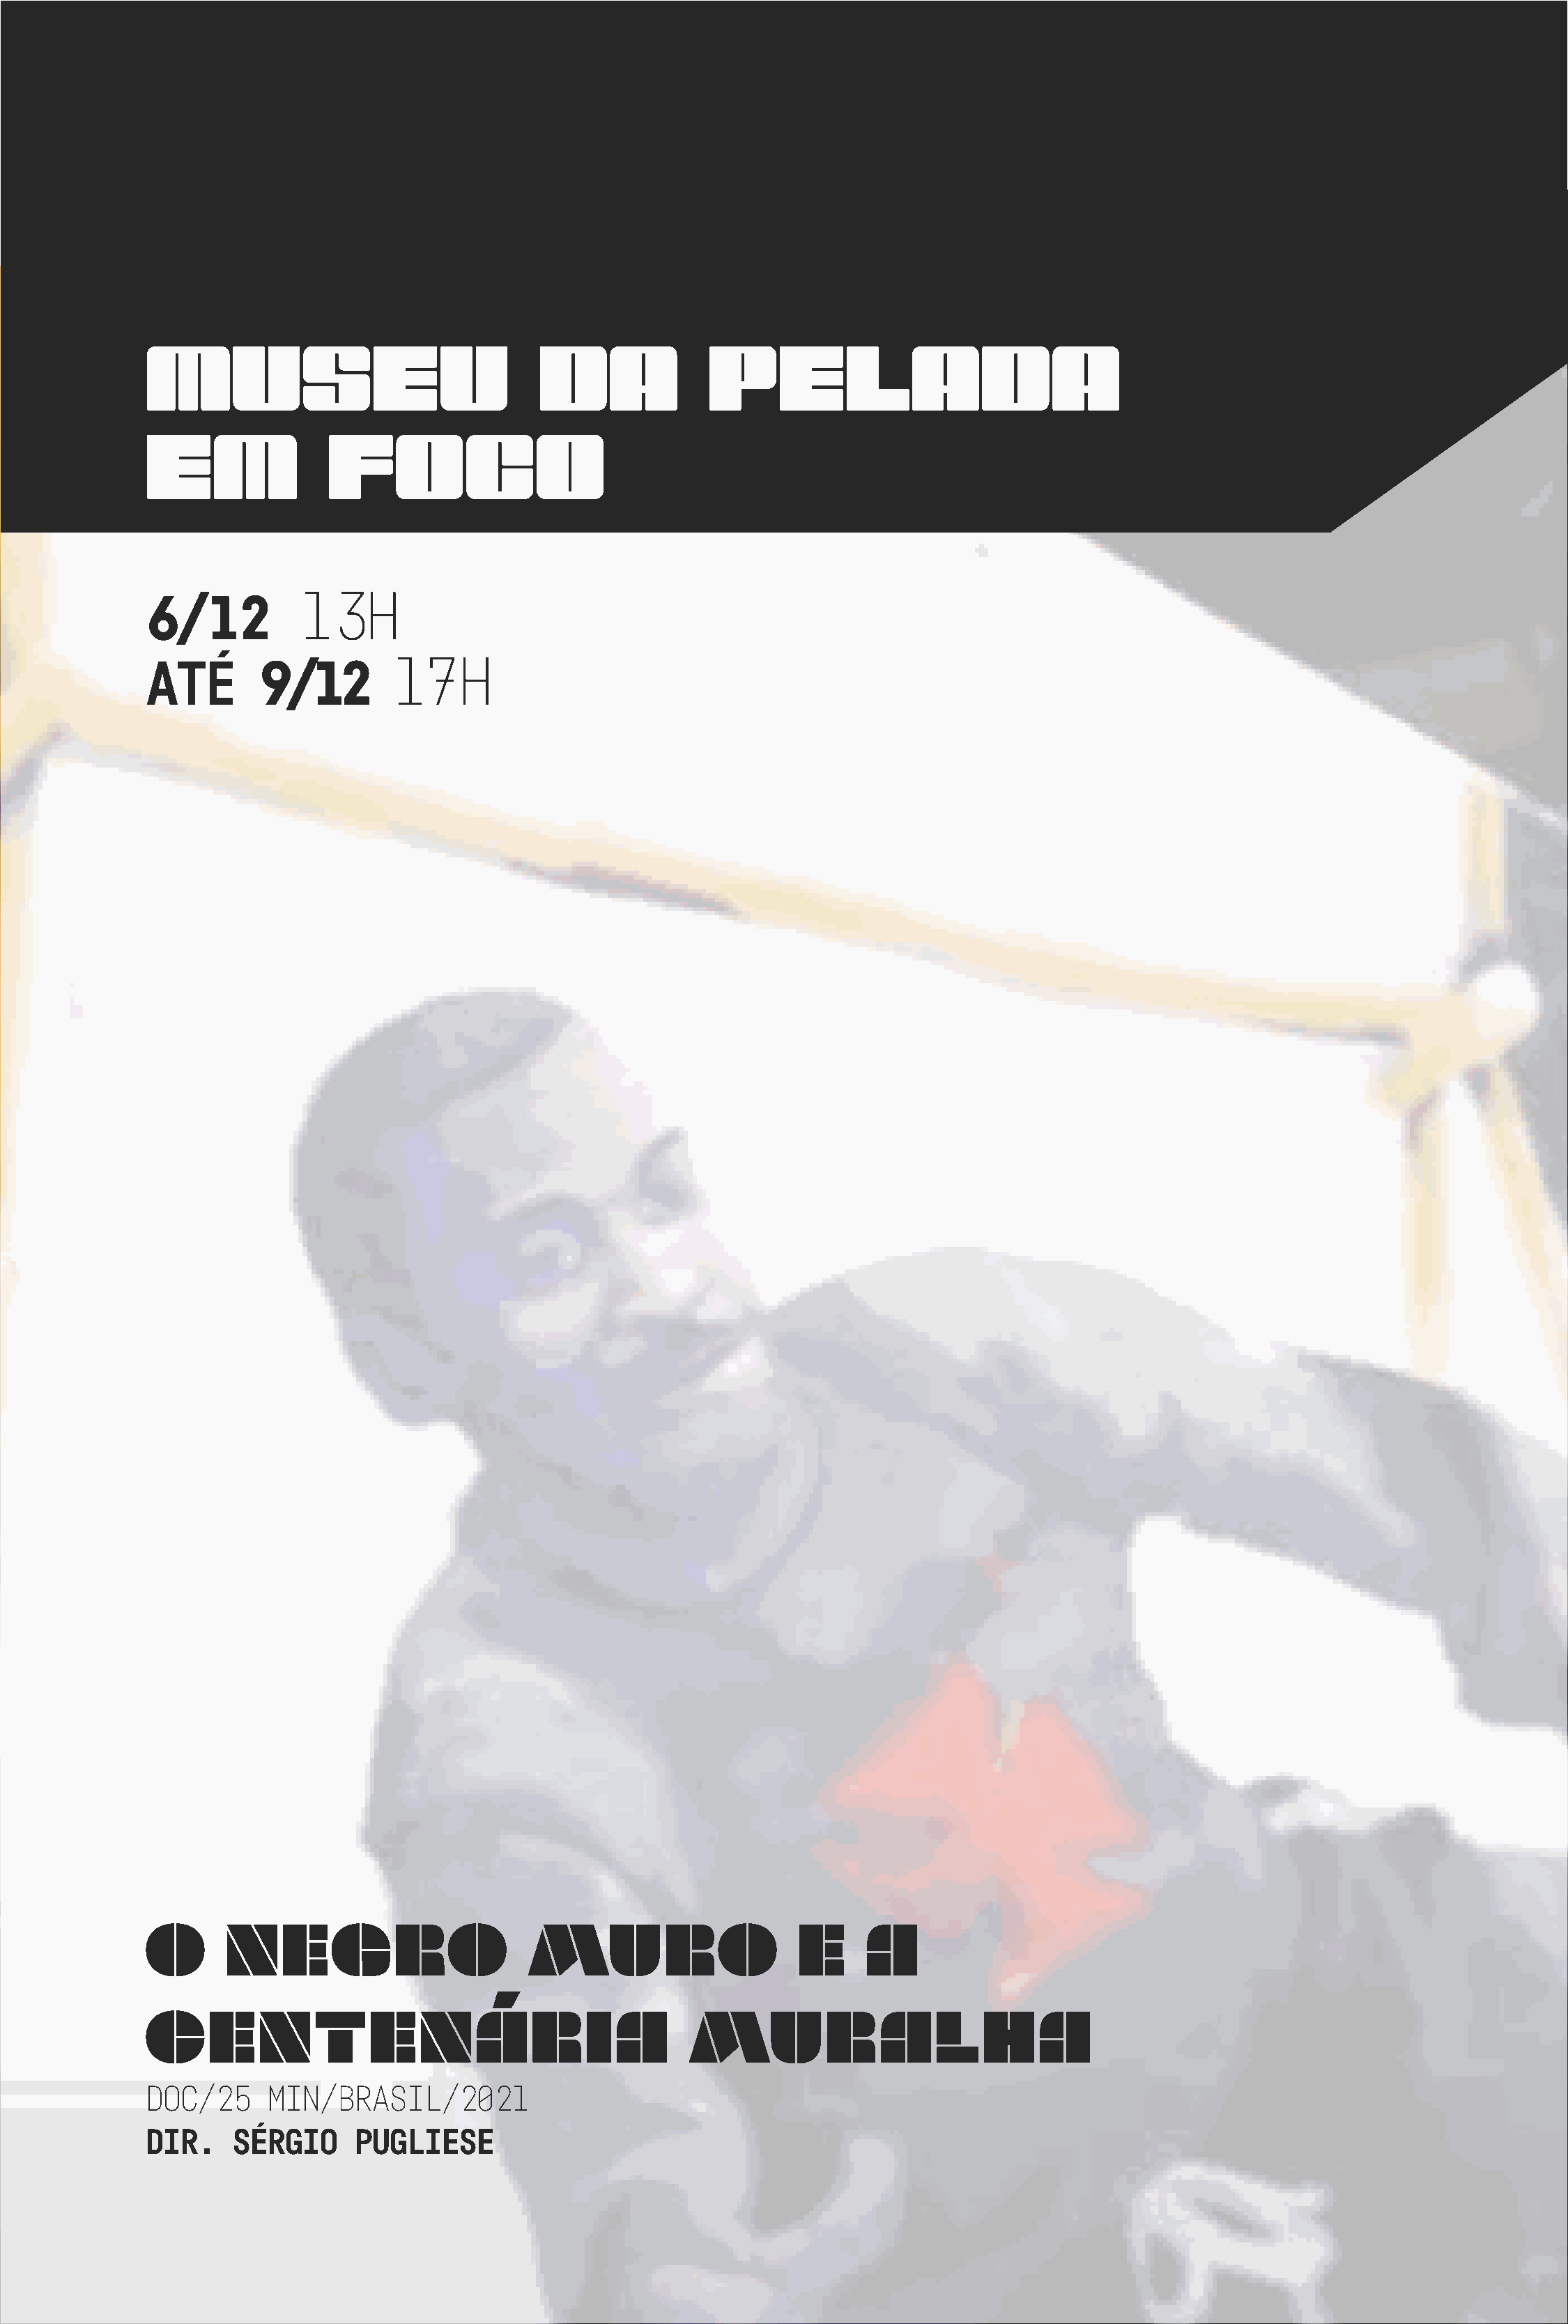
MUSEU                                DA              PELADA
 EM               FOCO
 13H
 6/12
 17H
 ATÉ        9/12
 O      NEGRO                        MURO                      E     A
 CENTENÁRIA                                         MURALHA
 DOC/25     MIN/BRASIL/2021
 DIR.    SÉRGIO      PUGLIESE